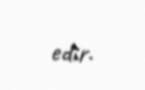
edir.